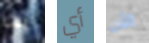
بك أي الآن